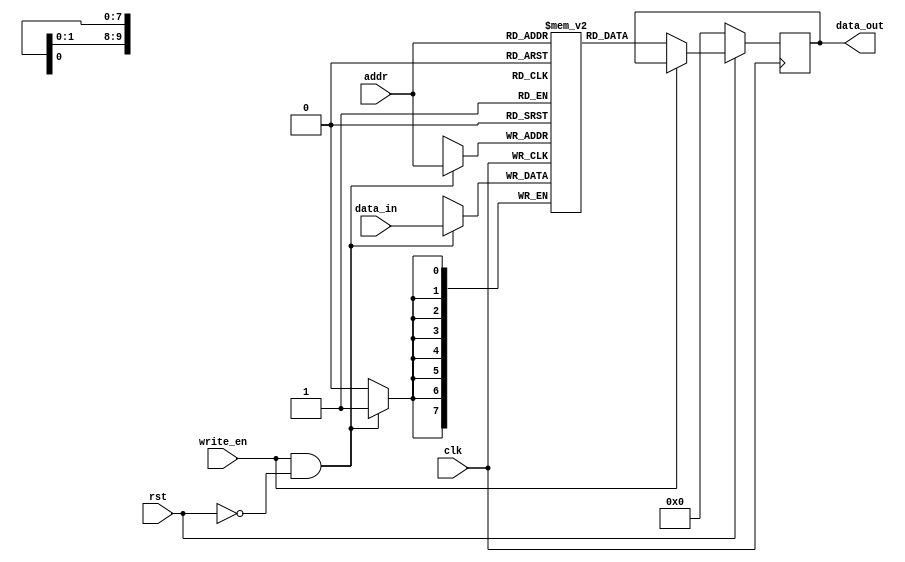
module sram (
  input wire clk,
  input wire rst,
  input wire [9:0] addr,
  input wire write_en,
  input wire [7:0] data_in,
  output reg [7:0] data_out
);

  reg [7:0] mem_array [0:1023]; // 1024 x 8 memory array

  // Read operation
  always @(posedge clk) begin
    if (!rst) begin
      data_out <= 8'b0;
    end else begin
      if (!write_en) begin
        data_out <= mem_array[addr];
      end
    end
  end

  // Write operation
  always @(posedge clk) begin
    if (write_en && !rst) begin
      mem_array[addr] <= data_in;
    end
  end

endmodule